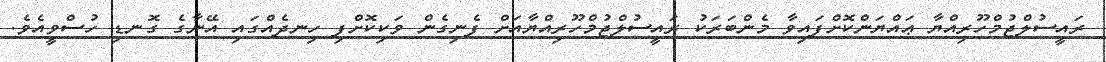
ރައީސުލްޖުމްހޫރިއްޔާ ޢައްޔަންކޮށްފައިވާ މެންބަރަކު ރައީސުލްޖުމްހޫރިއްޔާއަށް ފެނިގެން ވަކިކޮށްފި ހިނދެއްގައި އޭނާގެ ގޮނޑި ހުސްވީއެވެ.